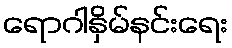
ရောဂါနှိမ်နင်းရေး